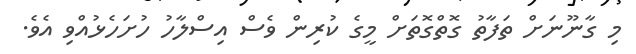
މި ގާނޫނަށް ތަފާތު ގޮތްގޮތަށް މީގެ ކުރިން ވެސް އިސްލާހު ހުށަހެޅުއްވި އެވެ.